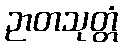
ဉာတသုတ္တံ